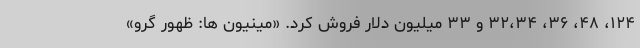
۱۲۴، ۴۸، ۳۶، ۳۲،۳۴ و ۳۳ میلیون دلار فروش کرد. «مینیون ها: ظهور گرو»